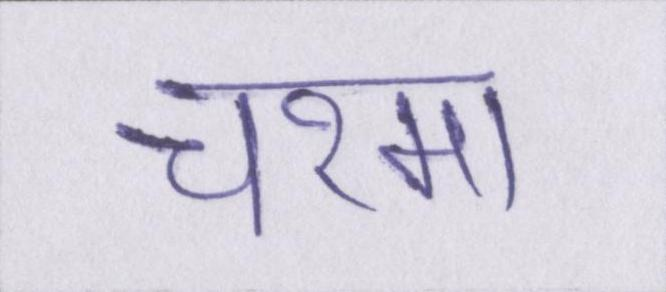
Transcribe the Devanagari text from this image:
चश्मा